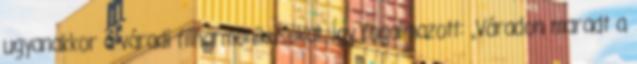
ugyanakkor a váradi filharmonikusokat. Így fogalmazott: „Váradon maradt a